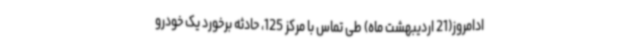
ادامروز(21 اردیبهشت ماه) طی تماس با مرکز 125، حادثه برخورد یک خودرو